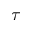
\tau